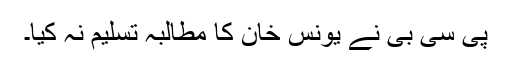
پی سی بی نے یونس خان کا مطالبہ تسلیم نہ کیا۔